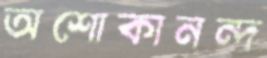
অশোকানন্দ